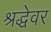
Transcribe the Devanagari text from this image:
श्रद्धेवर